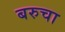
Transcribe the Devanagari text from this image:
बरुचा